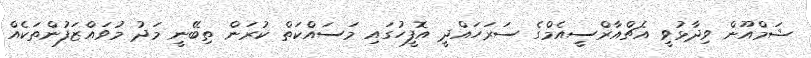
ޝަމްއޫން ވިދާޅުވީ އެޗްއާރްސީއެމްގެ ސަރަހައްދީ އޮފީހުގައި މަސައްކަތް ކުރަން ތިބޭނީ މަދު މުވައްޒަފުންތަކެއް